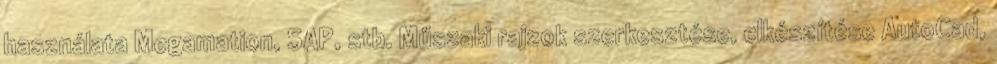
használata Megamation, SAP, stb. Műszaki rajzok szerkesztése, elkészítése AutoCad,